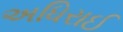
અધિરાઈ